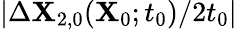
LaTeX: \vert\Delta\mathbf{X}_{2,0}(\mathbf{X}_{0};t_{0})/2t_{0}\vert